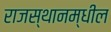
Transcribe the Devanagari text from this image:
राजस्थानम्धील